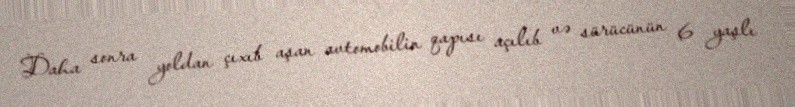
Daha sonra yoldan çıxıb aşan avtomobilin qapısı açılıb və sürücünün 6 yaşlı